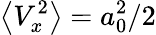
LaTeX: \left<V_{x}^{2}\right>=a_{0}^{2}/2